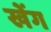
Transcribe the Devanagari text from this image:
खेंग